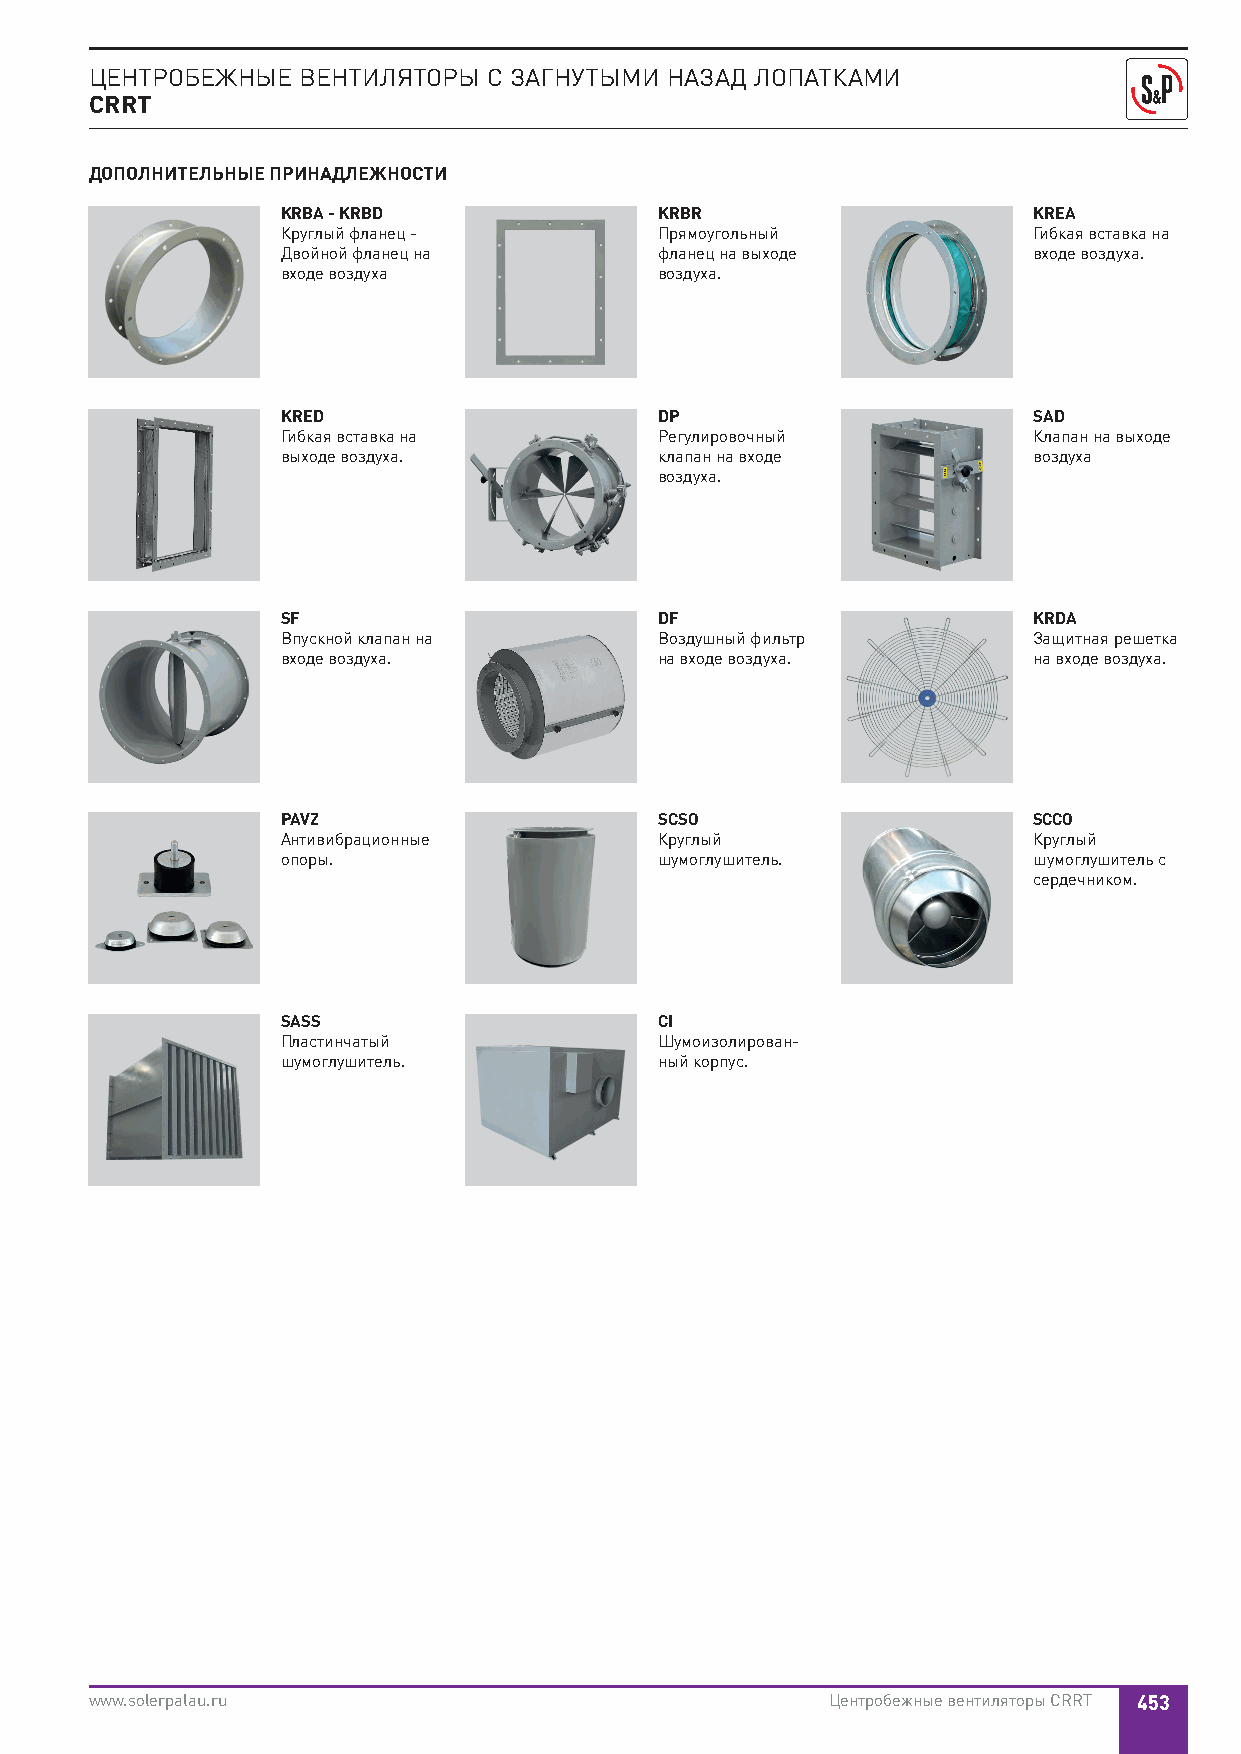
ЦЕНТРОБЕЖНЫЕ  ВЕНТИЛЯТОРЫ С ЗАГНУТЫМИ НАЗАД ЛОПАТКАМИ
 CRRT
 ДОПОЛНИТЕЛЬНЫЕ ПРИНАДЛЕЖНОСТИ
 KRBA - KRBD              KRBR                    KREA
 Круглый фланец -         Прямоугольный           Гибкая вставка на
 Двойной фланец на        фланец на выходе        входе воздуха.
 входе воздуха            воздуха.
 KRED                     DP                      SAD
 Гибкая вставка на        Регулировочный          Клапан на выходе
 выходе воздуха.          клапан на входе         воздуха
 воздуха.
 SF                       DF                      KRDA
 Впускной клапан на       Воздушный фильтр        Защитная решетка
 входе воздуха.           на входе воздуха.       на входе воздуха.
 PAVZ                     SCSO                    SCCO
 Антивибрационные         Круглый                 Круглый
 опоры.                   шумоглушитель.          шумоглушитель с
 сердечником.
 SASS                     CI
 Пластинчатый             Шумоизолирован-
 шумоглушитель.           ный корпус.
 www.solerpalau.ru                                Центробежные вентиляторы CRRT 453